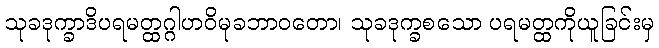
သုခဒုက္ခာဒိပရမတ္ထဂ္ဂါဟဝိမုခဘာဝတော၊ သုခဒုက္ခစသော ပရမတ္ထကိုယူခြင်းမှ